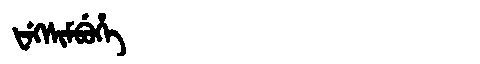
Manchu: ᡶᡝᡴᠰᡳᠮᠪᡠᡥᡝ
Romanization: FEKSIMBUHE